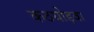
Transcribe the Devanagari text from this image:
कठघोड़वा